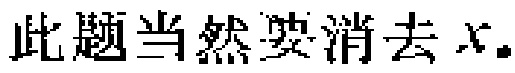
此题当然要消去 \(x\).